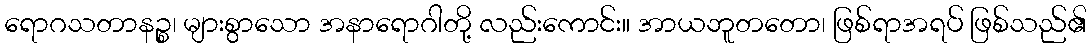
ရောဂသတာနဉ္စ၊ များစွာသော အနာရောဂါတို့ လည်းကောင်း။ အာယဘူတတော၊ ဖြစ်ရာအရပ် ဖြစ်သည်၏